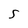
Character: S